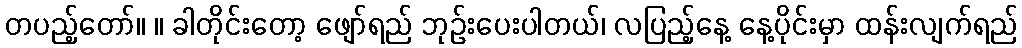
တပည့်တော်။ ။ ခါတိုင်းတော့ ဖျော်ရည် ဘုဉ်းပေးပါတယ်၊ လပြည့်နေ့ နေ့ပိုင်းမှာ ထန်းလျက်ရည်